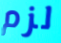
لزم